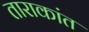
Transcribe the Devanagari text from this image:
ताराकांत